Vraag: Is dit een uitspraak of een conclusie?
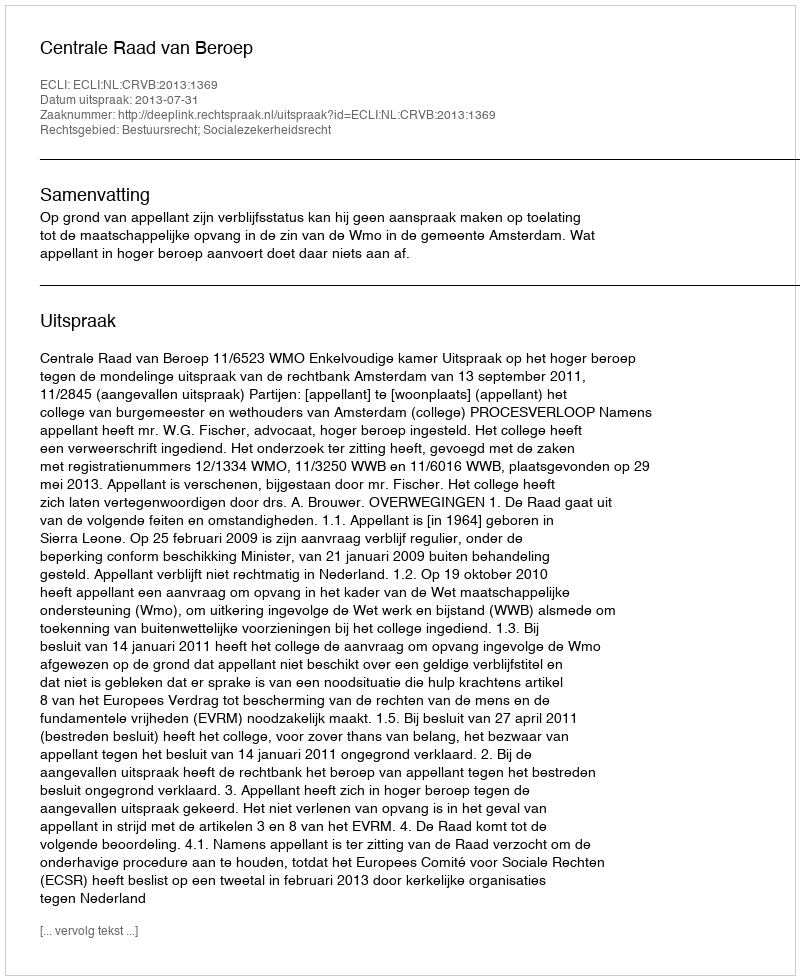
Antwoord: Uitspraak